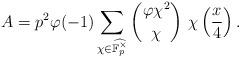
LaTeX: \begin{align*}A=p^2\varphi(-1)\sum_{\chi\in\widehat{\mathbb{F}_p^\times}}{\varphi\chi^2\choose\chi}~\chi\left(\frac{x}{4}\right).\end{align*}